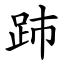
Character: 䟛